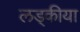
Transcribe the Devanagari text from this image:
लड्कीया